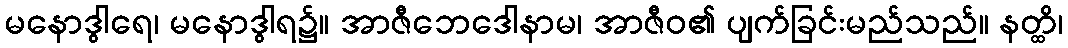
မနောဒွါရေ၊ မနောဒွါရ၌။ အာဇီဘေဒေါနာမ၊ အာဇီဝ၏ ပျက်ခြင်းမည်သည်။ နတ္ထိ၊